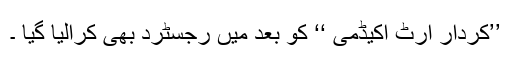
’’کردار آرٹ اکیڈمی ‘‘ کو بعد میں رجسٹرد بھی کرالیا گیا ۔